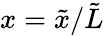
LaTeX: x=\tilde{x}/\tilde{L}